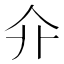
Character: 𠇎